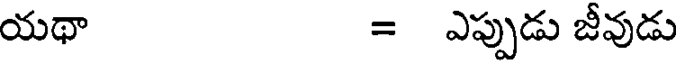
యథా = ఎప్పుడు జీవుడు